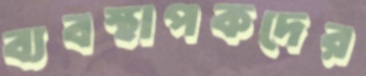
ব্যবস্থাপকদের